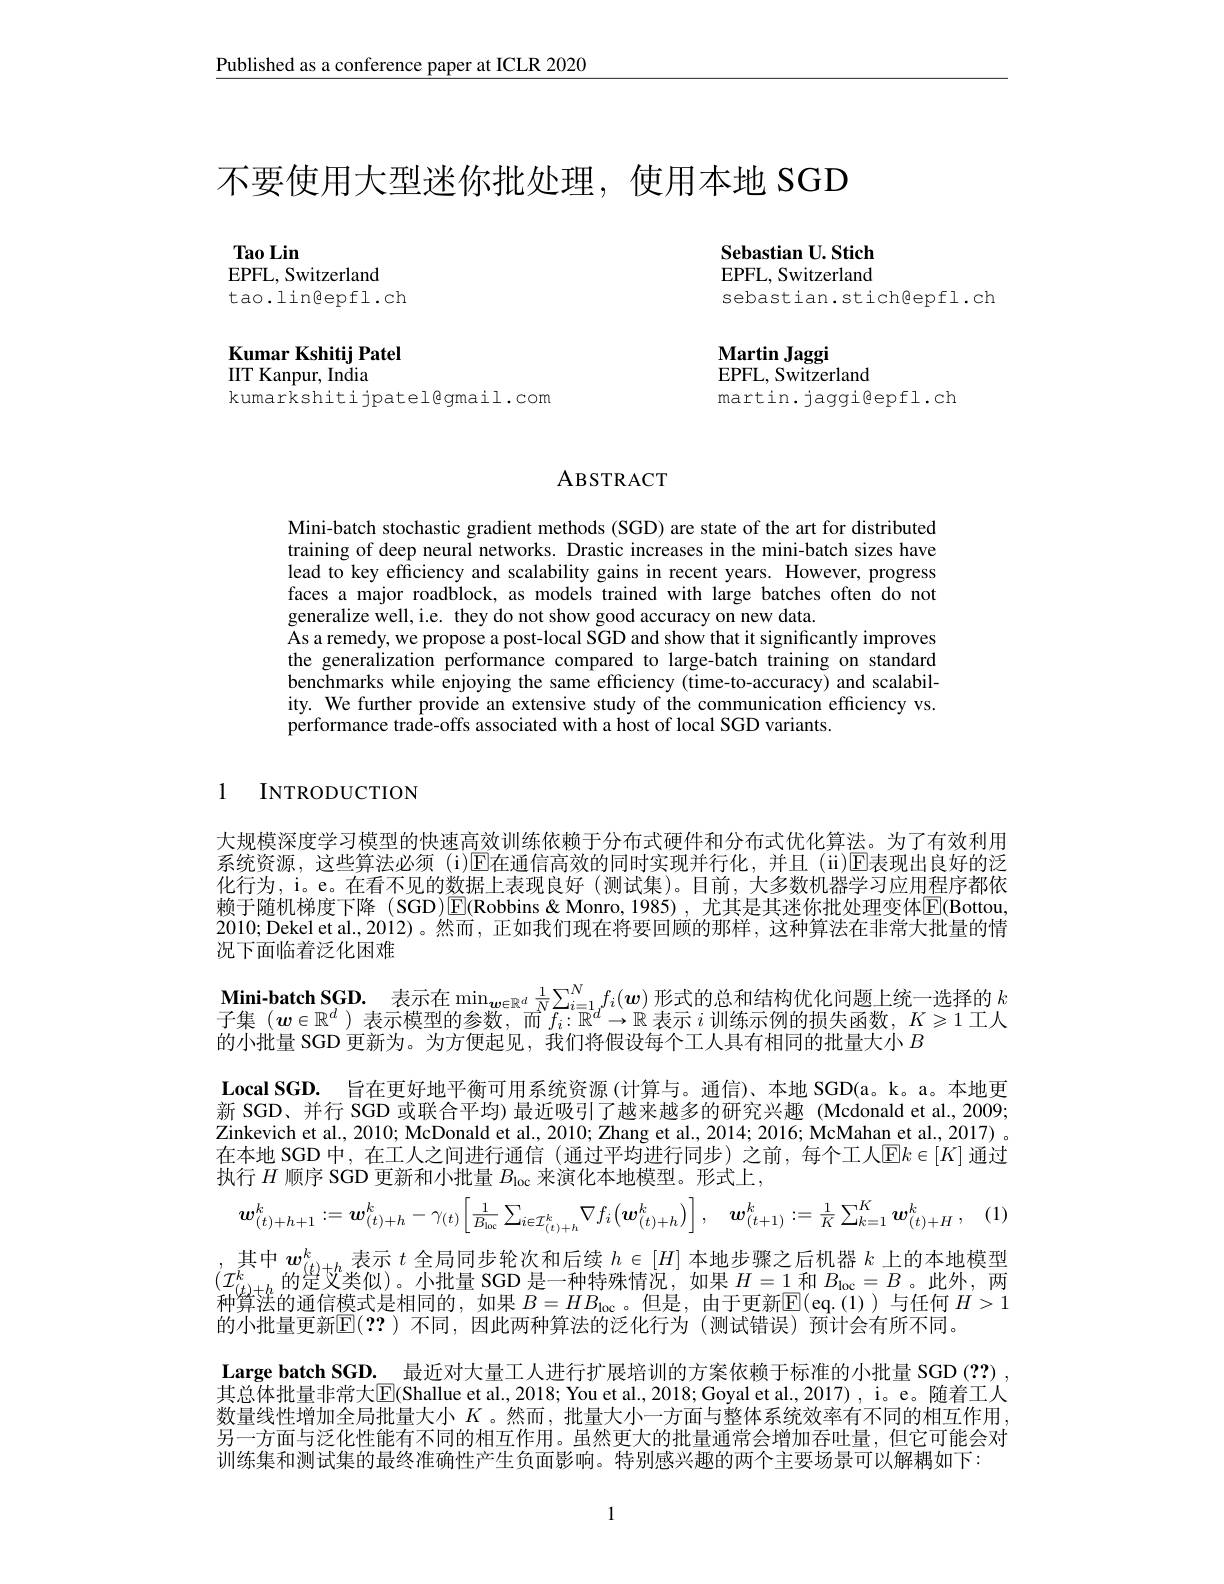
Published as a conference paper at ICLR 2020

不要使用大型迷你批处理，使用本地 SGD

Sebastian U. Stich EPFL, Switzerland sebastian.stich@epfl.ch

Tao Lin
EPFL, Switzerland
$t$ao.1in$\textcircled{\mathrm{epf}}1.$ch

Kumar Kshitij Patel
IIT Kanpur, India

kumarkshitijpatel@gmail.com

Martin Jaggi
EPFL, Switzerland
martin.jaggigepfl.ch

ABSTRACT

Mini-batch stochastic gradient methods (SGD) are state of the art for distributed training of deep neural networks. Drastic increases in the mini-batch sizes have lead to key efficiency and scalability gains in recent years. However, progress faces a major roadblock, as models trained with large batches often do not generalize well, i.e. they do not show good accuracy on new data.
As a remedy, we propose a post-local SGD and show that it significantly improves the generalization performance compared to large-batch training on standard benchmarks while enjoying the same efficiency (time-to-accuracy) and scalability. We further provide an extensive study of the communication efficiency vs. performance trade-offs associated with a host of local SGD variants.

1 INTRODUCTION

大规模深度学习模型的快速高效训练依赖于分布式硬件和分布式优化算法。为了有效利用系统资源，这些算法必须(i)E在通信高效的同时实现并行化，并且(ii)E表现出良好的泛化行为，i。e。在看不见的数据上表现良好(测试集)。目前，大多数机器学习应用程序都依赖于随机梯度下降 (SGD)$\boxed{\mathrm{E}}($Robbins &Monro,1985),尤其是其迷你批处理变体$\boxed{\mathrm{E}}($Bottou, 2010; Dekel et al., 2012)。然而，正如我们现在将要回顾的那样，这种算法在非常大批量的情况下面临着泛化困难
$\begin{array}{l}\textbf{Mini-batch SGD. 表示在}\min_{\boldsymbol{w}\in\mathbb{R}^d}\frac1N\sum_{i=1}^Nf_i(\boldsymbol{w})\text{ 形式的总和结构优化问题上统一选择的 }k\\\text{子集 }(\boldsymbol{w}\in\mathbb{R}^d)\text{ 表示模型的参数，而 }f_i:\mathbb{R}^d\to\mathbb{R}\text{ 表示 }i\text{ 训练示例的损失函数，}K\geqslant1\text{ 工人}\end{array}$
的小批量 SGD 更新为。为方便起见，我们将假设每个工人具有相同的批量大小$B$
Local SGD. 旨在更好地平衡可用系统资源 (计算与。通信)、本地 SGD(a。k。a。本地更新 SGD、并行 SGD 或联合平均) 最近吸引了越来越多的研究兴趣 (Mcdonald et al., 2009; Zinkevich et al., 2010; McDonald et al., 2010; Zhang et al., 2014; 2016; McMahan et al., 2017) 。在本地 SGD 中，在工人之间进行通信 (通过平均进行同步)之前，每个工人$\mathbb{E}k\in[K]$ 通过执行$H$顺序 SGD 更新和小批量$B_\mathrm{loc}$来演化本地模型。形式上，
$$w_{(t)+h+1}^{k}:=w_{(t)+h}^{k}-\gamma_{(t)}\Big[\frac{1}{B_{bc}}\sum_{i\in\mathcal{I}_{(t)+h}^{k}}\nabla f_{i}\big(\boldsymbol{w}_{(t)+h}^{k}\big)\Big],\quad\boldsymbol{w}_{(t+1)}^{k}:=\frac{1}{K}\sum_{k=1}^{K}\boldsymbol{w}_{(t)+H}^{k}\:,$$
其中$w_(t)+h^k$表示$t$全局同步轮次和后续$h\in[H]$本地步骤之后机器$k$上的本地模型$(\mathcal{I}_{(t)+h}^{k}$的是艾类似)。小批量 SGD 是一种特殊情况，如果$H=1$和$B_\mathrm{loc}=B$。此外，两种算法的通信模式是相同的，如果 $B=HB_\mathrm{loc}$ 。但是，由于更新$\mathbb{E}($eq.(1))与任何 $H>1$ 的小批量更新$\overline{\mathbb{E}}(??)$ 不同，因此两种算法的泛化行为 (测试错误)预计会有所不同。
Large batch SGD.\_最近对大量工人进行扩展培训的方案依赖于标准的小批量 SGD (??) 其总体批量非常大$\overline{\mathrm{E}}($Shallue et al., 2018; You et al., 2018; Goyal et al., 2017), i。e。随着工人数量线性增加全局批量大小$K$ 。然而，批量大小一方面与整体系统效率有不同的相互作用， 另一方面与泛化性能有不同的相互作用。虽然更大的批量通常会增加吞吐量，但它可能会对训练集和测试集的最终准确性产生负面影响。特别感兴趣的两个主要场景可以解耦如下：

1